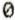
0